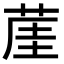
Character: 𦲒